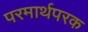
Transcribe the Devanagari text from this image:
परमार्थपरक